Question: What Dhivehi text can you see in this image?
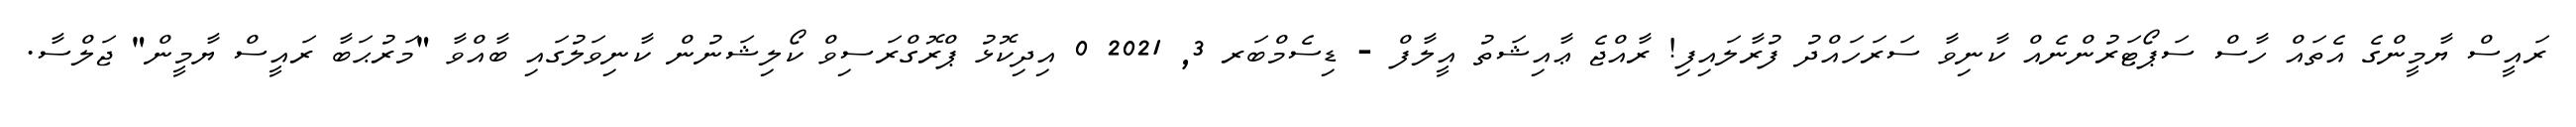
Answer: ރައީސް ޔާމީންގެ އެތައް ހާސް ސަޕޯޓަރުންނެއް ކާނިވާ ސަރަހައްދު ފުރާލައިފި! ރާއްޖެ ޢާއިޝަތު އީލާފް - ޑިސެމްބަރ 3, 2021 0 އިދިކޮޅު ޕްރޮގްރަސިވް ކޯލިޝަނުން ކާނިވަލުގައި ބާއްވާ "މަރުޙަބާ ރައީސް ޔާމީން" ޖަލްސާ.